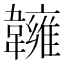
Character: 𩏨